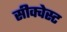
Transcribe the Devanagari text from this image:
सीक्वेस्ट